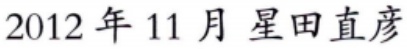
2012 年 11 月 星田直彦